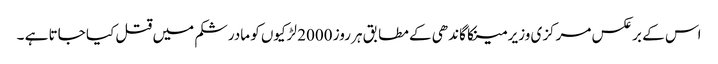
اس کے برعکس مرکزی وزیر مینکا گاندھی کے مطابق ہر روز 2000 لڑکیوں کو مادرشکم میں قتل کیا جاتا ہے ۔